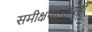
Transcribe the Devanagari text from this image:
समीक्षणांनंतरही